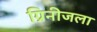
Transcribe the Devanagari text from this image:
ग्रिनीजला